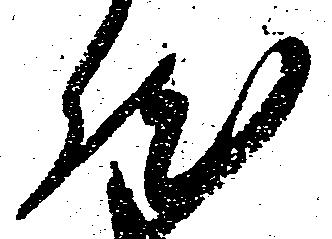
然